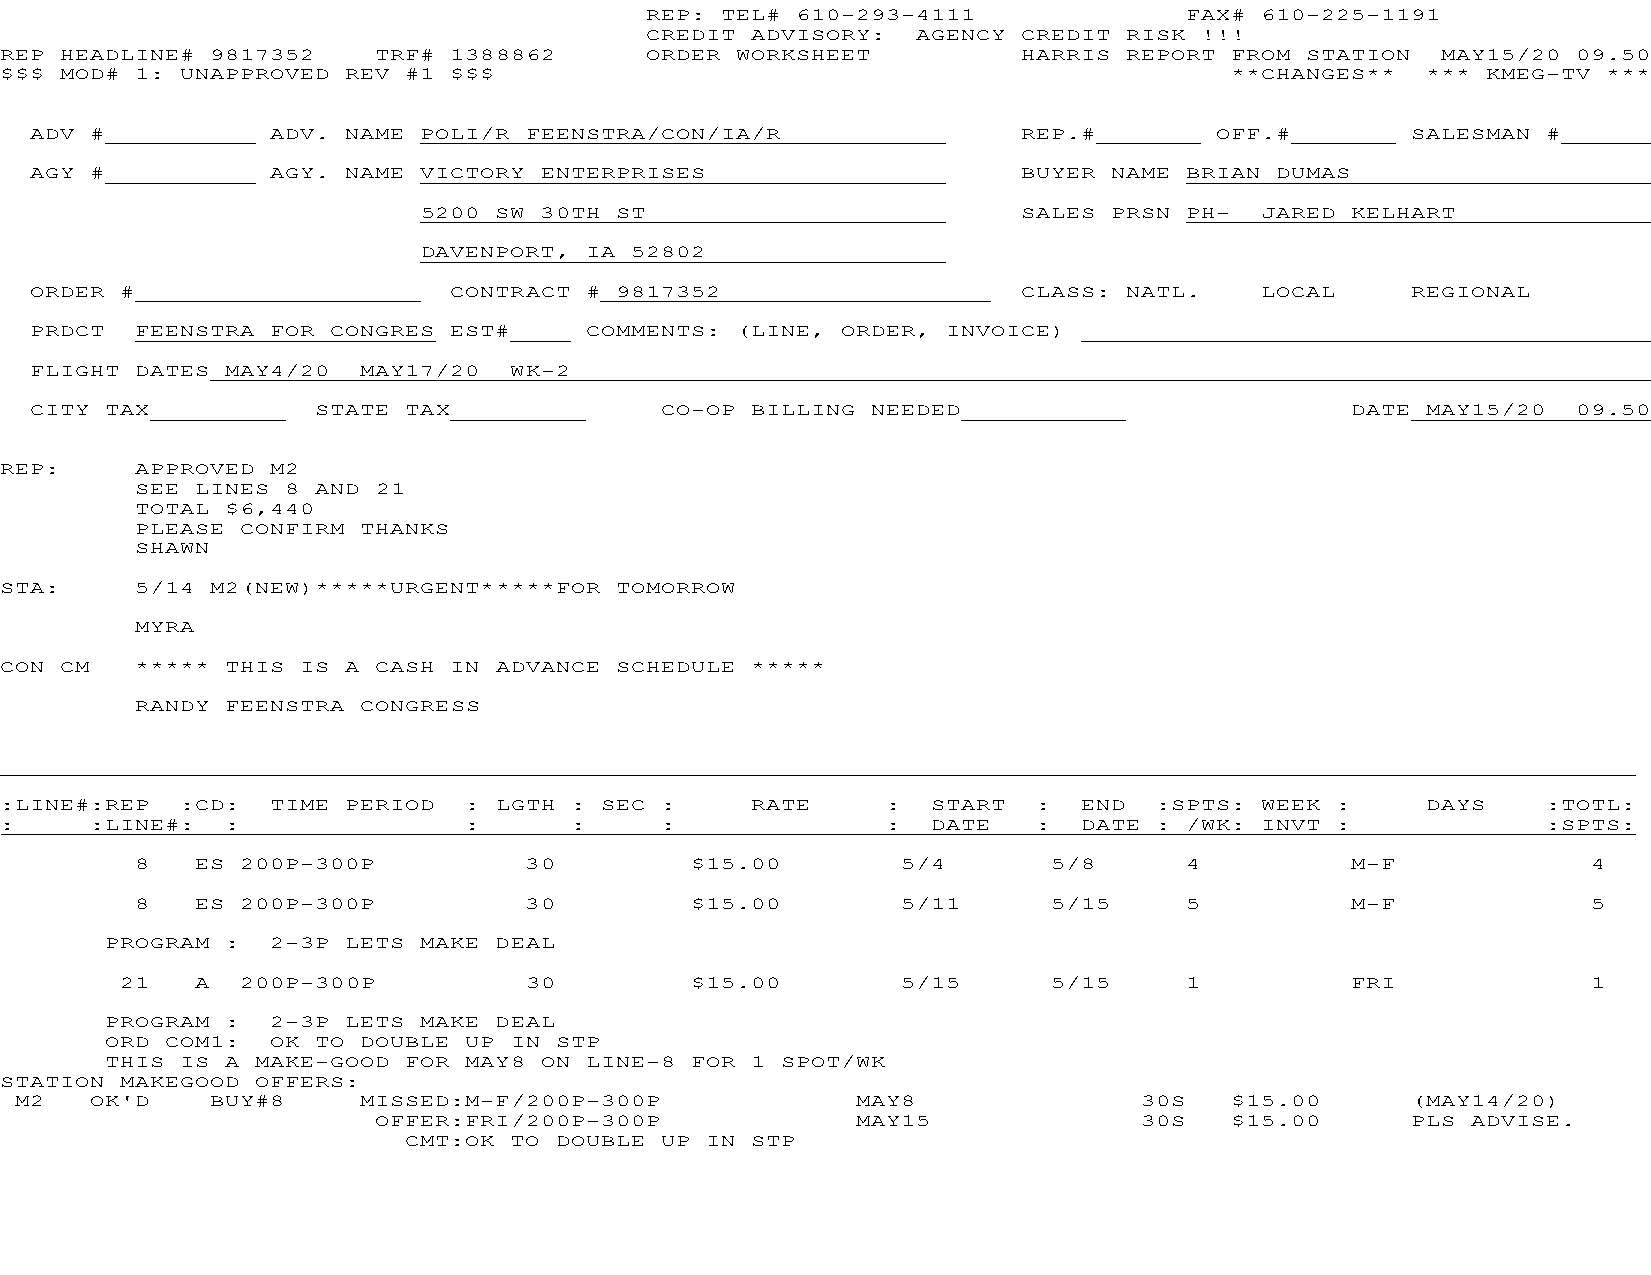
REP: TEL# 610-293-4111             FAX# 610-225-1191
 CREDIT ADVISORY:  AGENCY CREDIT RISK !!!
 REP HEADLINE# 9817352    TRF# 1388862      ORDER WORKSHEET          HARRIS REPORT FROM STATION MAY15/20 09.50
 $$$ MOD# 1: UNAPPROVED REV #1 $$$                                                **CHANGES**  *** KMEG-TV ***
 ADV #           ADV. NAME POLI/R FEENSTRA/CON/IA/R                REP.#       OFF.#        SALESMAN #
 AGY #           AGY. NAME VICTORY ENTERPRISES                     BUYER NAME BRIAN DUMAS
 5200 SW 30TH ST                         SALES PRSN PH- JARED KELHART
 DAVENPORT, IA 52802
 ORDER #                     CONTRACT # 9817352                    CLASS: NATL.   LOCAL     REGIONAL
 PRDCT  FEENSTRA FOR CONGRES EST#     COMMENTS: (LINE, ORDER, INVOICE)
 FLIGHT DATES MAY4/20  MAY17/20  WK-2
 CITY TAX           STATE TAX              CO-OP BILLING NEEDED                         DATE MAY15/20  09.50
 REP:     APPROVED M2
 SEE LINES 8 AND 21
 TOTAL $6,440
 PLEASE CONFIRM THANKS
 SHAWN
 STA:     5/14 M2(NEW)*****URGENT*****FOR TOMORROW
 MYRA
 CON CM   ***** THIS IS A CASH IN ADVANCE SCHEDULE *****
 RANDY FEENSTRA CONGRESS
 :LINE#:REP  :CD:  TIME PERIOD  : LGTH : SEC :     RATE     :  START  :  END :SPTS: WEEK :     DAYS    :TOTL:
 :     :LINE#:  :               :      :     :              :  DATE   :  DATE : /WK: INVT :            :SPTS:
 8   ES 200P-300P          30         $15.00        5/4       5/8     4          M-F             4
 8   ES 200P-300P          30         $15.00        5/11      5/15    5          M-F             5
 PROGRAM :  2-3P LETS MAKE DEAL
 21   A  200P-300P          30         $15.00        5/15      5/15    1          FRI             1
 PROGRAM :  2-3P LETS MAKE DEAL
 ORD COM1:  OK TO DOUBLE UP IN STP
 THIS IS A MAKE-GOOD FOR MAY8 ON LINE-8 FOR 1 SPOT/WK
 STATION MAKEGOOD OFFERS:
 M2   OK'D    BUY#8     MISSED:M-F/200P-300P             MAY8              30S   $15.00      (MAY14/20)
 OFFER:FRI/200P-300P             MAY15             30S   $15.00      PLS ADVISE.
 CMT:OK TO DOUBLE UP IN STP